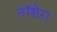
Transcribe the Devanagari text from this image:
नॉशेरा